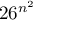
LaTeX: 2 6 ^ { n ^ { 2 } }